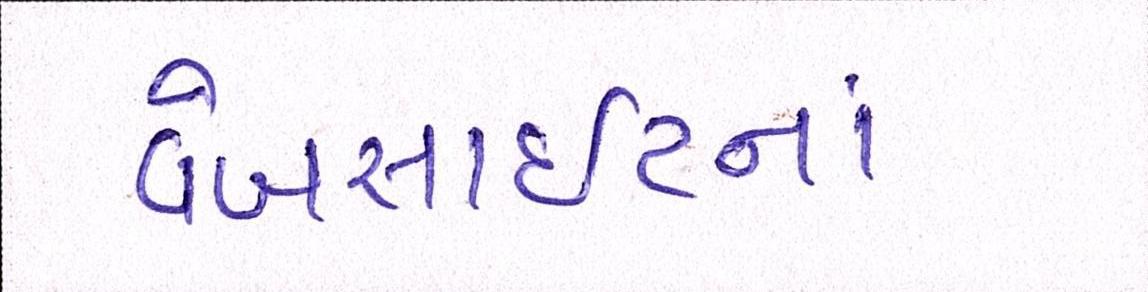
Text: વેબસાઈટનાં